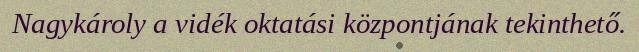
Nagykároly a vidék oktatási központjának tekinthető.